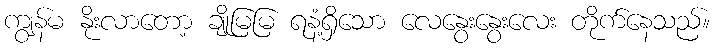
ကျွန်မ နိုးလာတော့ ချိုမြမြ ရနံ့ရှိသော လေနွေးနွေးလေး တိုက်နေသည်။